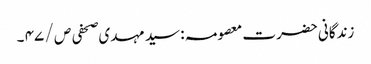
زندگانی حضرت معصومہ : سید مہدی صحفی ص / ۴۷ ۔